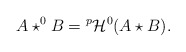
\begin{align*} A\star^0 B = {}^p\mathcal{H}^0(A\star B).\end{align*}